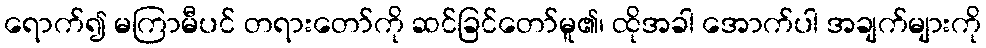
ရောက်၍ မကြာမီပင် တရားတော်ကို ဆင်ခြင်တော်မူ၏၊ ထိုအခါ အောက်ပါ အချက်များကို